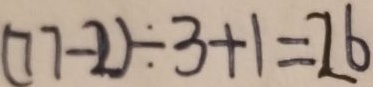
( 7 7 - 2 ) \div 3 + 1 = 2 6